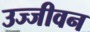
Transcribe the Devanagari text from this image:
उज्जीवन